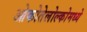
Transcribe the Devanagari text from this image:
ओकोतेलोल्कोमध्ये